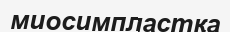
миосимпластқа